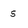
Character: 5